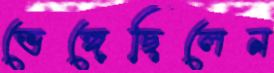
ভেঙ্গেছিলেন